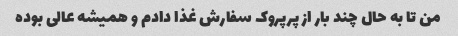
من تا به حال چند بار از پرپروک سفارش غذا دادم و همیشه عالی بوده